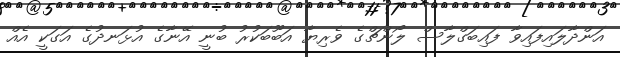
އަންދާލައިފައިވާ ފައިބަގްލާސް ލޯންޗްގެ ވެރިޔާ އަބޫބަކުރު ބުނީ އޭނާގެ އުޅަނދުގެ އަގަކީ އެއް